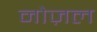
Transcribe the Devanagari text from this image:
नोज़ल